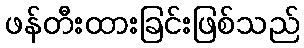
ဖန်တီးထားခြင်းဖြစ်သည်